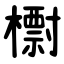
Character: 㯹